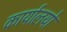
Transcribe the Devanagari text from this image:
कार्यालयो